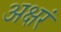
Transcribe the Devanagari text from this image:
अक्षरं